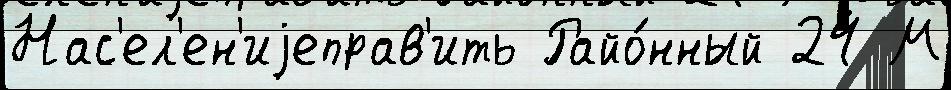
Нас'ел'ен'иjеправ'ить Райо́нный 24 М